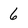
Character: 6